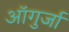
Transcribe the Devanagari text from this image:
ऑगुर्जा